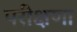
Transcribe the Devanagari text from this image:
परीक्षणा